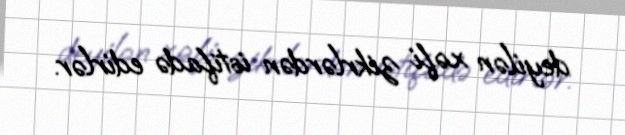
deyilən xəfi zikrlərdən istifadə edirlər.